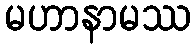
မဟာနာမဿ